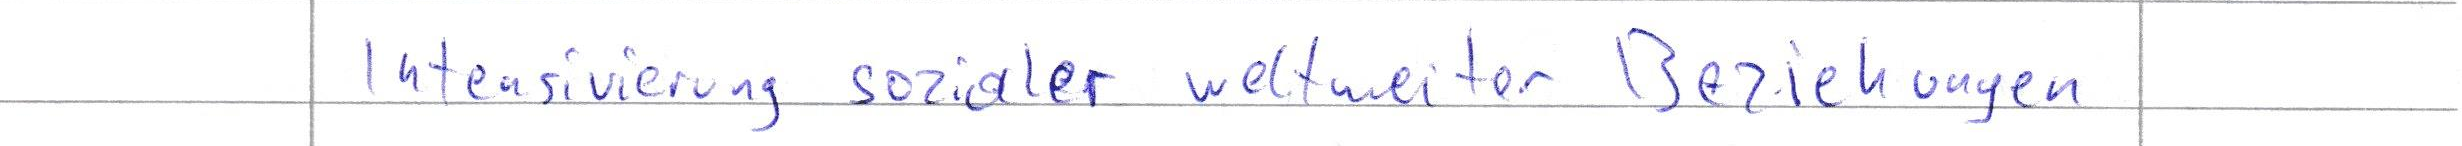
Intensivierung sozialer weltweiter Beziehungen